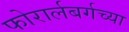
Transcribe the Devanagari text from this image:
फोरार्लबर्गच्या